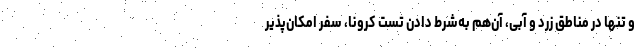
و تنها در مناطق زرد و آبی، آن‌هم به‌شرط دادن تست کرونا، سفر امکان‌پذیر